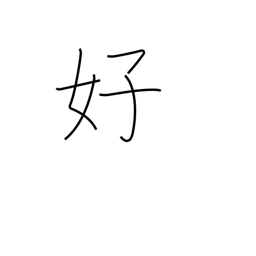
Meaning: pleasing